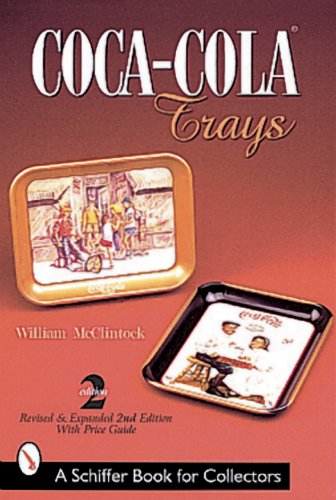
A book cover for Coca-Cola Trays (A Schiffer Book for Collectors); William McClintock; Crafts, Hobbies & Home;